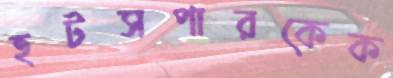
হটসপারকেক